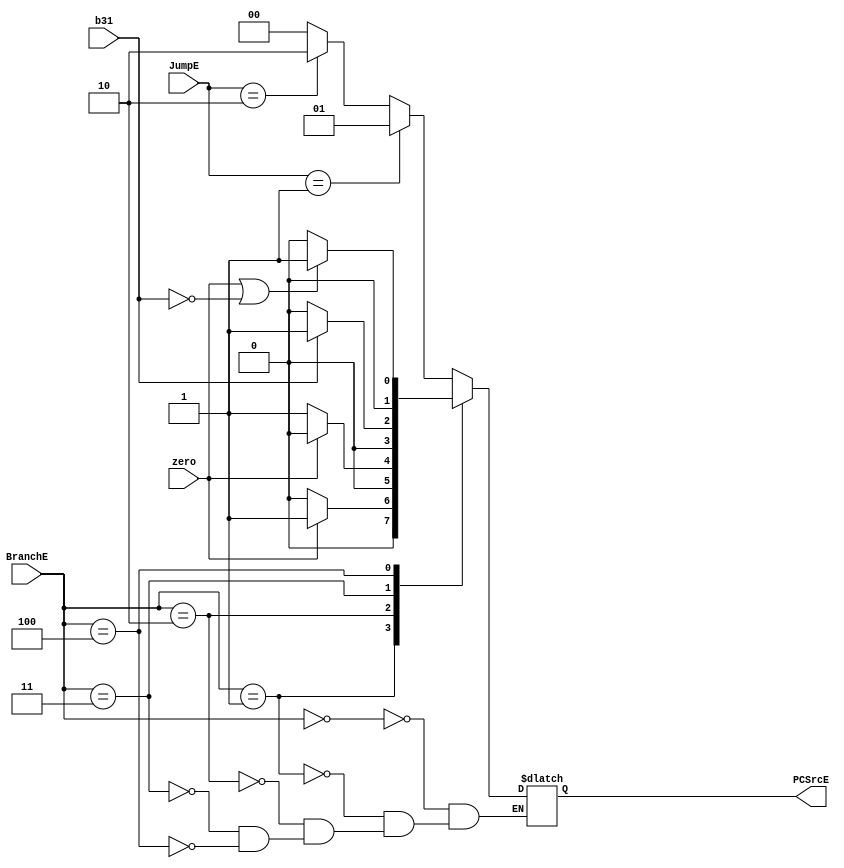
module conditional(input [1:0] JumpE, input [2:0] BranchE, input zero, input b31, output reg [1:0] PCSrcE);
parameter [2:0] NotBranch = 3'b000, Beq = 3'b001, Bne = 3'b010, Blt = 3'b011, Bge = 3'b100; 
parameter [1:0] JAL = 2'b01, JALR = 2'b10;
   always@(JumpE, BranchE, zero, b31)begin
      case(BranchE)
         NotBranch : PCSrcE <= (JumpE == 2'b01)  ? 2'b01 :
                            (JumpE == 2'b10) ? 2'b10 : 2'b00;

         Beq : PCSrcE <= (zero) ? 2'b01 : 2'b00;
         Bne : PCSrcE <= (~zero) ? 2'b01 : 2'b00;
         Blt : PCSrcE <= (b31) ? 2'b01 : 2'b00;
         Bge : PCSrcE <= (zero | ~b31) ? 2'b01 : 2'b00;
        endcase
    end

endmodule